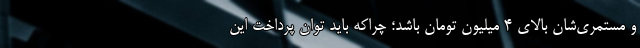
و مستمری‌شان بالای ۴ میلیون تومان باشد؛ چراکه باید توان پرداخت این